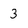
Character: 3